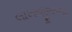
લાખાજીરાજ